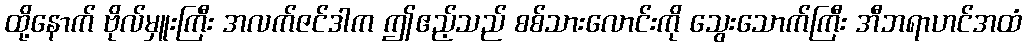
ထို့နောက် ဗိုလ်မှူးကြီး အလက်ဇင်ဒါက ဤဧည့်သည် စစ်သားလောင်းကို သွေးသောက်ကြီး အီဘရာဟင်အထံ